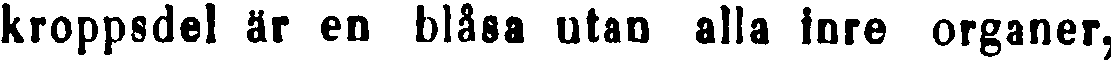
kroppsdel är en blåsa utan alla inre organer,